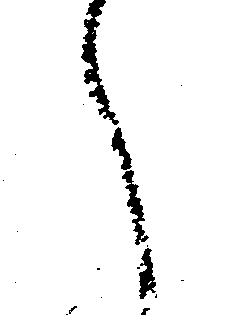
へ